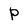
Character: p